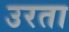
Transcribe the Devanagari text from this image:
उरता